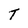
Character: T